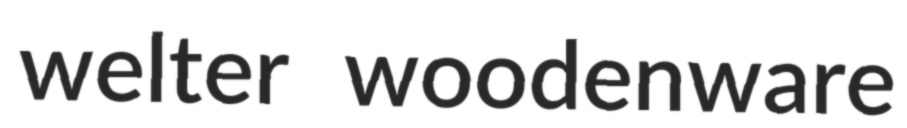
welter woodenware